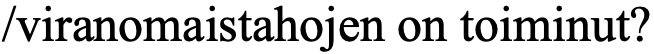
/viranomaistahojen on toiminut?